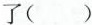
了( )